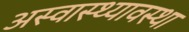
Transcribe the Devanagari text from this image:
अस्वास्थ्यावस्था